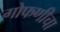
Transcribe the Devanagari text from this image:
गोफणीचा